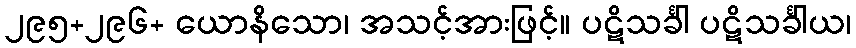
၂၉၅+၂၉၆+ ယောနိသော၊ အသင့်အားဖြင့်။ ပဋိသင်္ခါ ပဋိသင်္ခါယ၊